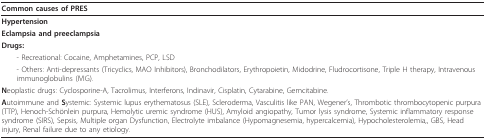
| Common causes of PRES |
 | --- |
 | Hypertension |
 | Eclampsia and preeclampsia |
 | Drugs: |
 | - Recreational: Cocaine, Amphetamines, PCP, LSD |
 | - Others: Anti-depressants (Tricyclics, MAO Inhibitors), Bronchodilators, Erythropoietin, Midodrine, Fludrocortisone, Triple H therapy, Intravenous immunoglobulins (IVIG). |
 | Neoplastic drugs: Cyclosporine-A, Tacrolimus, Interferons, Indinavir, Cisplatin, Cytarabine, Gemcitabine. |
 | Autoimmune and Systemic: Systemic lupus erythematosus (SLE), Scleroderma, Vasculitis like PAN, Wegener's, Thrombotic thrombocytopenic purpura (TTP), Henoch-Schönlein purpura, Hemolytic uremic syndrome (HUS), Amyloid angiopathy, Tumor lysis syndrome, Systemic inflammatory response syndrome (SIRS), Sepsis, Multiple organ Dysfunction, Electrolyte imbalance (Hypomagnesemia, hypercalcemia), Hypocholesterolemia,, GBS, Head injury, Renal failure due to any etiology. |